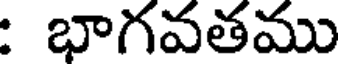
భాగవతము